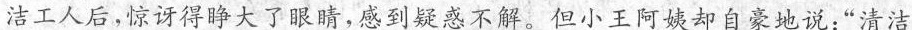
洁工人后，惊讶得睁大了眼睛，感到疑惑不解。但小王阿姨却自豪地说：”清洁